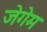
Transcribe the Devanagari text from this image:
जेगेम